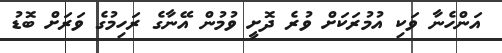
އަންހެނާ ވަކި އުމުރަކަށް ވުރެ ދޮށީ ވުމުން އޭނާގެ ރަހިމުގެ ވަރަށް ބޮޑު